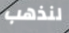
لنذهب